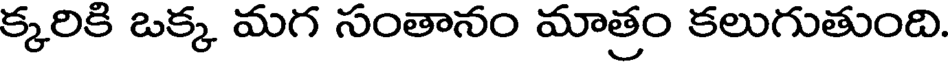
క్కరికి ఒక్క మగ సంతానం మాత్రం కలుగుతుంది.